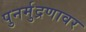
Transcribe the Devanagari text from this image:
पुनर्मुद्रणावर